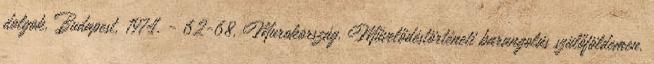
dolgok. Budapest, 1974. - 62-68. Murokország. Művelődéstörténeti barangolás szülőföldemen.